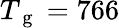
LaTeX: T_{\mathrm{~g~}}=766